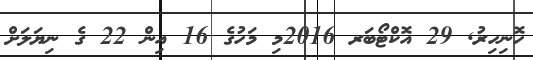
ހޮނިހިރު